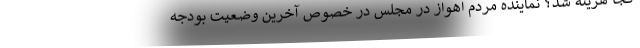
کجا هزینه شد؟ نماینده مردم اهواز در مجلس در خصوص آخرین وضعیت بودجه